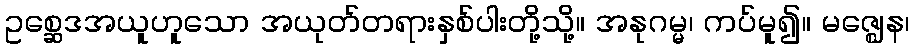
ဥစ္ဆေဒအယူဟူသော အယုတ်တရားနှစ်ပါးတို့သို့။ အနုဂမ္မ၊ ကပ်မူ၍။ မဇ္ဈေန၊